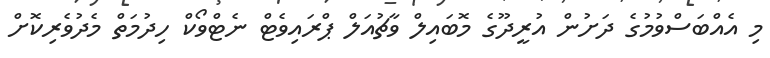
މި އެއްބަސްވުމުގެ ދަށުން އުރީދޫގެ މޮބައިލް ވާޗުއަލް ޕްރައިވެޓް ނެޓްވޯކް ހިދުމަތް މެދުވެރިކޮށް